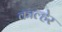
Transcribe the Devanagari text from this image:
काल्हेर